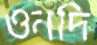
ওনদি